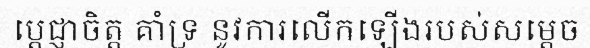
ប្តេជ្ញាចិត្ត គាំទ្រ នូវការលើកឡើងរបស់សម្តេច